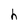
Character: h